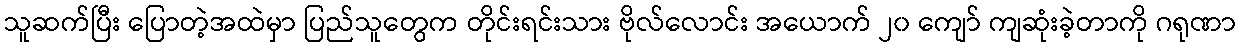
သူဆက်ပြီး ပြောတဲ့အထဲမှာ ပြည်သူတွေက တိုင်းရင်းသား ဗိုလ်လောင်း အယောက် ၂၀ ကျော် ကျဆုံးခဲ့တာကို ဂရုဏာ